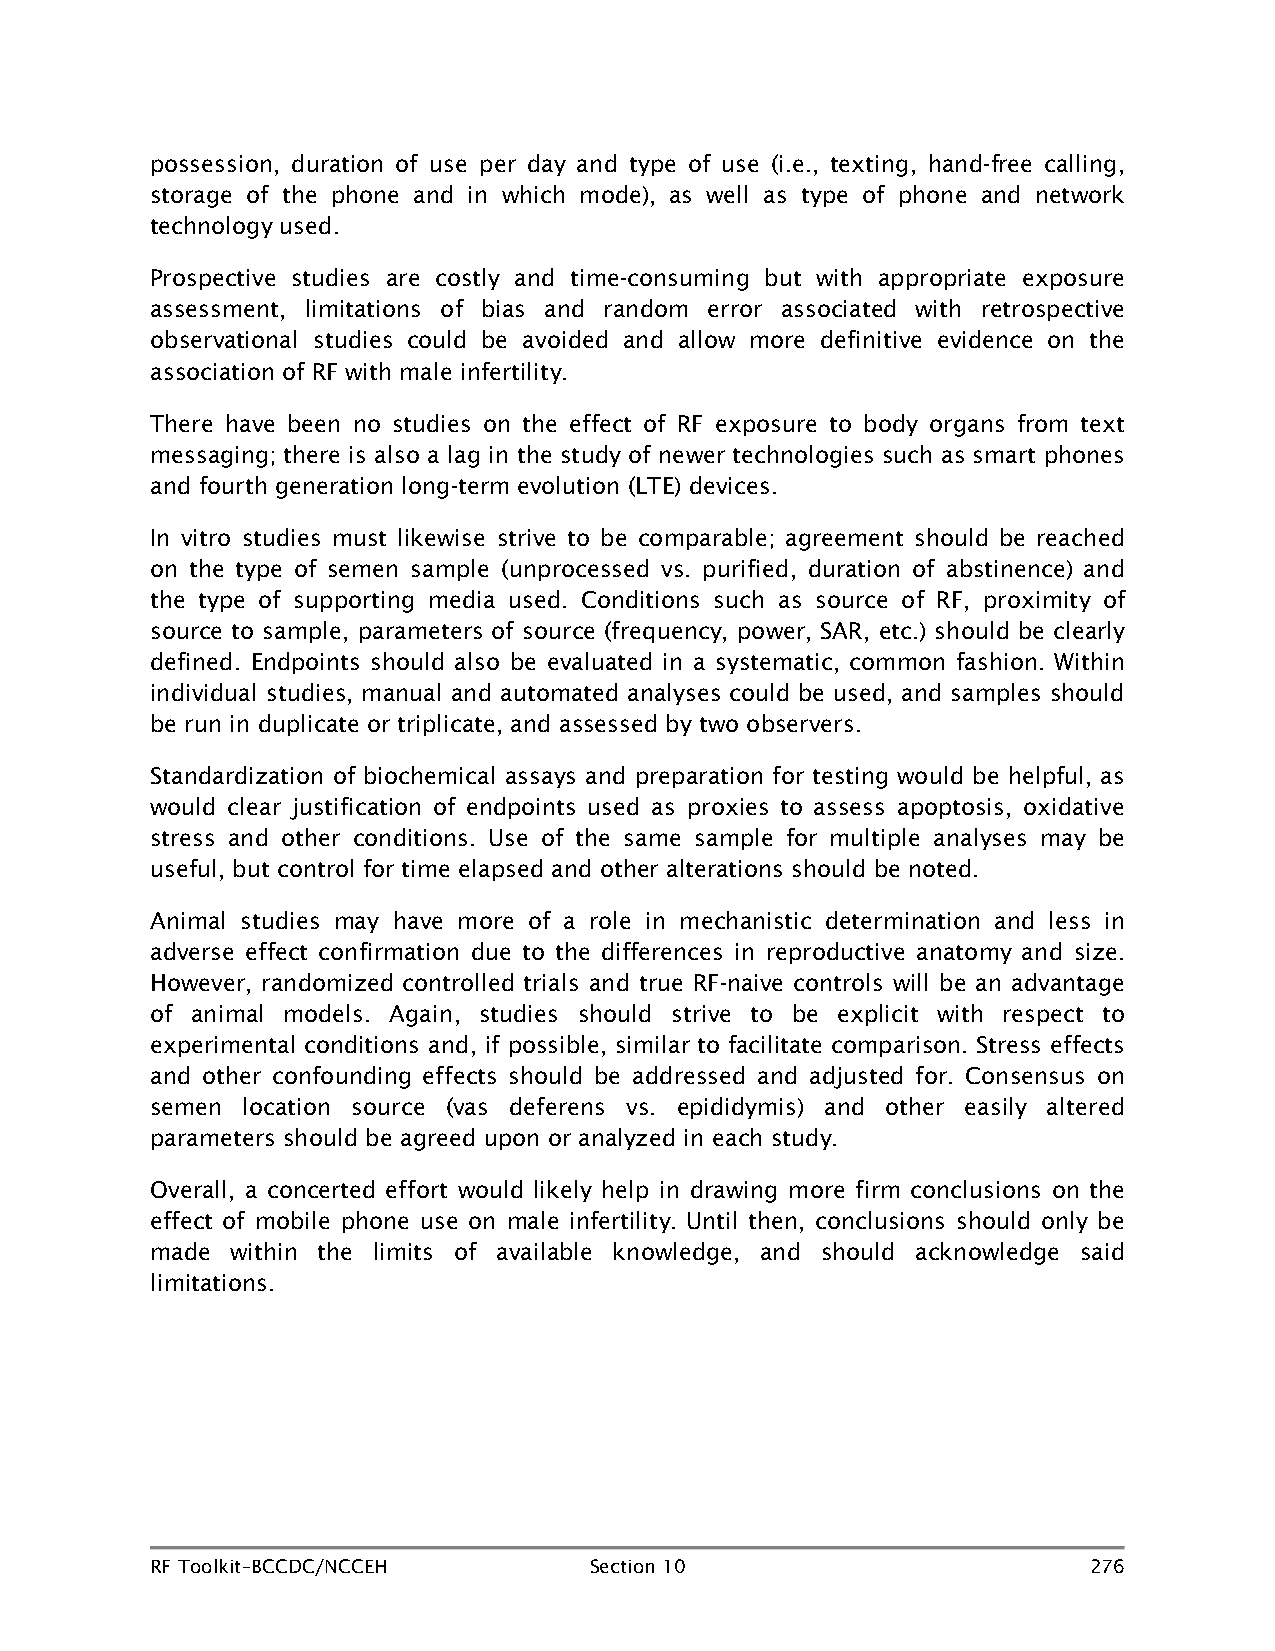
possession, duration of use per day and type of use (i.e., texting, hand-free calling,
 storage of the phone and in which mode), as well as type of phone and network
 technology used.
 Prospective studies are costly and time-consuming but with appropriate exposure
 assessment, limitations of bias and random error associated with retrospective
 observational studies could be avoided and allow more definitive evidence on the
 association of RF with male infertility.
 There have been no studies on the effect of RF exposure to body organs from text
 messaging; there is also a lag in the study of newer technologies such as smart phones
 and fourth generation long-term evolution (LTE) devices.
 In vitro studies must likewise strive to be comparable; agreement should be reached
 on the type of semen sample (unprocessed vs. purified, duration of abstinence) and
 the type of supporting media used. Conditions such as source of RF, proximity of
 source to sample, parameters of source (frequency, power, SAR, etc.) should be clearly
 defined. Endpoints should also be evaluated in a systematic, common fashion. Within
 individual studies, manual and automated analyses could be used, and samples should
 be run in duplicate or triplicate, and assessed by two observers.
 Standardization of biochemical assays and preparation for testing would be helpful, as
 would clear justification of endpoints used as proxies to assess apoptosis, oxidative
 stress and other conditions. Use of the same sample for multiple analyses may be
 useful, but control for time elapsed and other alterations should be noted.
 Animal studies may have more of a role in mechanistic determination and less in
 adverse effect confirmation due to the differences in reproductive anatomy and size.
 However, randomized controlled trials and true RF-naive controls will be an advantage
 of animal models. Again, studies should strive to be explicit with respect to
 experimental conditions and, if possible, similar to facilitate comparison. Stress effects
 and other confounding effects should be addressed and adjusted for. Consensus on
 semen location source (vas deferens vs. epididymis) and other easily altered
 parameters should be agreed upon or analyzed in each study.
 Overall, a concerted effort would likely help in drawing more firm conclusions on the
 effect of mobile phone use on male infertility. Until then, conclusions should only be
 made within the limits of available knowledge, and should acknowledge said
 limitations.
 RF Toolkit–BCCDC/NCCEH       Section 10                       276